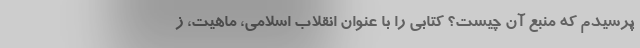
پرسیدم که منبع آن چیست؟ کتابی را با عنوان انقلاب اسلامی، ماهیت، ز